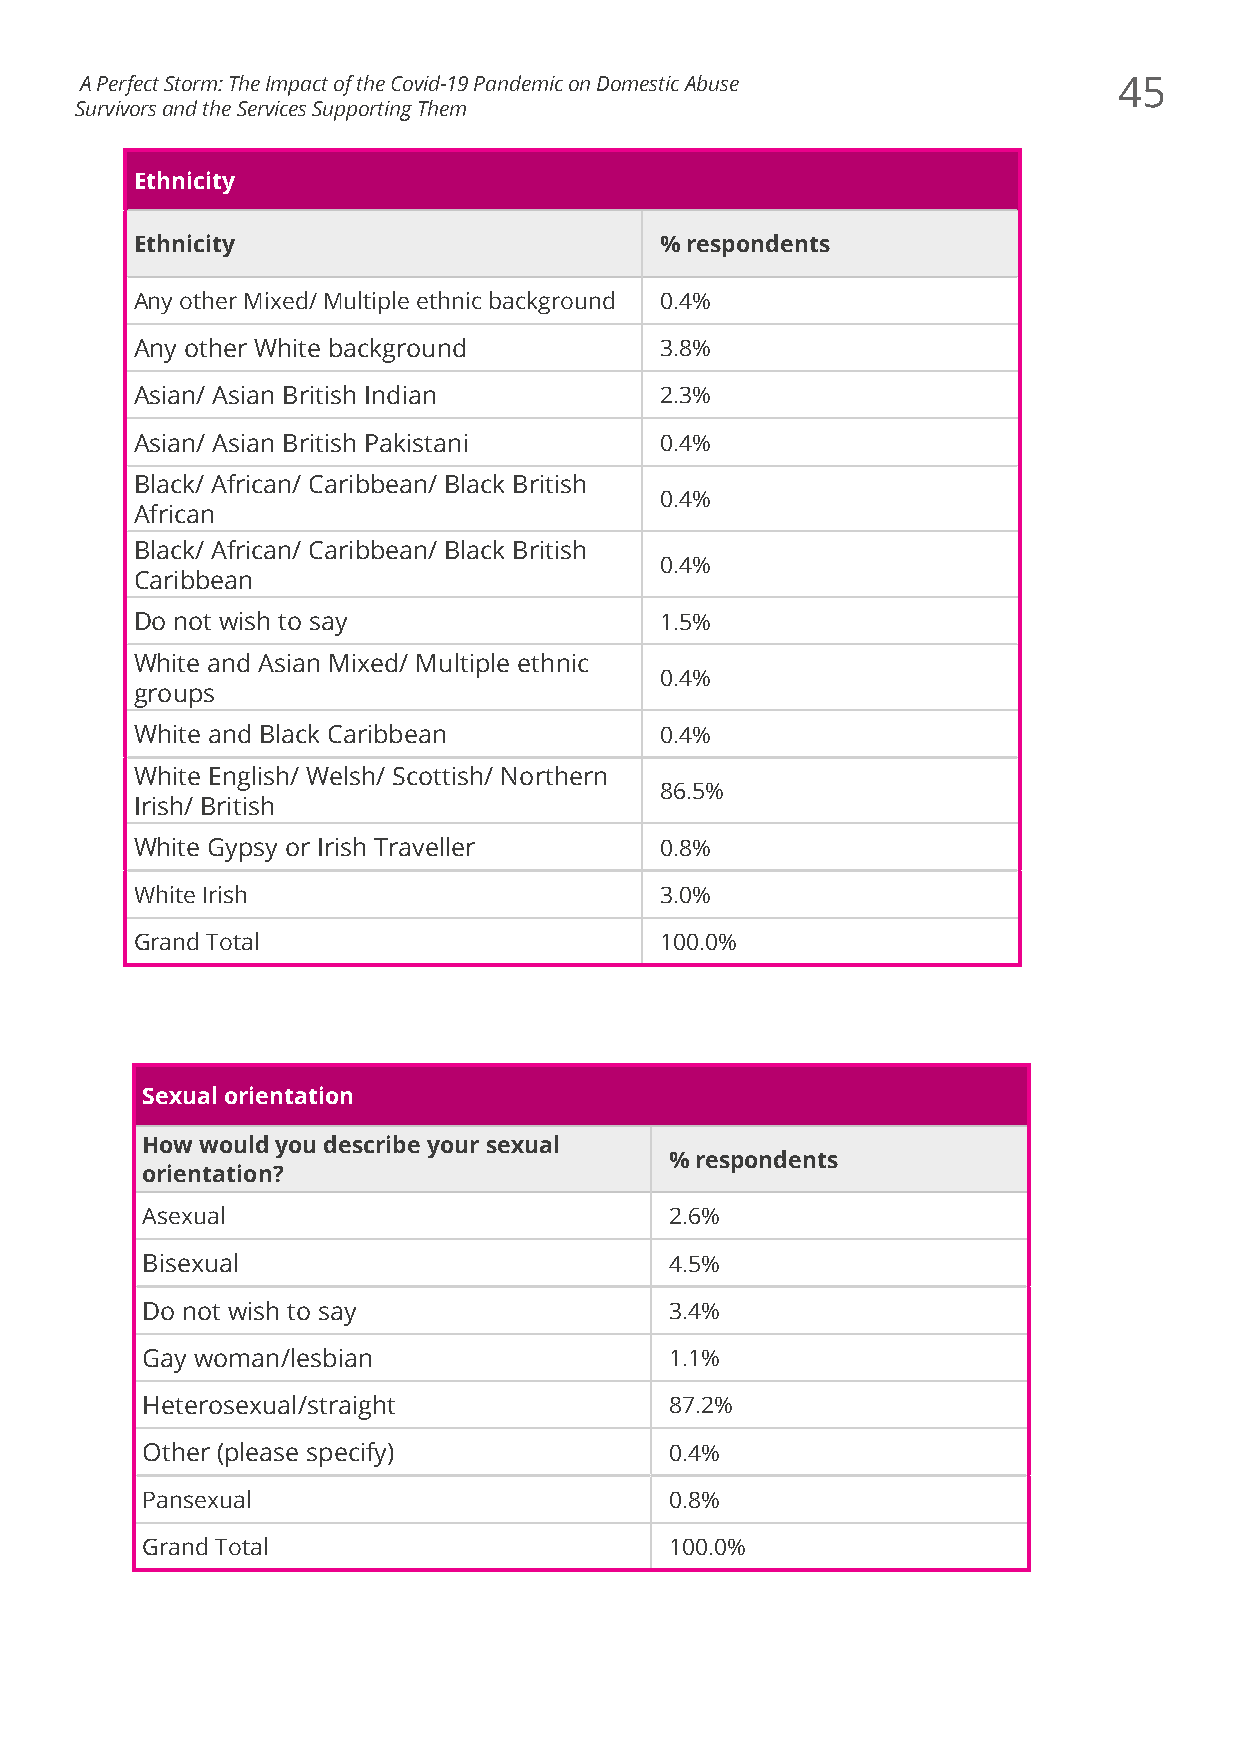
A Perfect Storm: The Impact of the Covid-19 Pandemic on Domestic Abuse 45
 Survivors and the Services Supporting Them
 Ethnicity
 Ethnicity                          % respondents
 Any other Mixed/ Multiple ethnic background 0.4%
 Any other White background         3.8%
 Asian/ Asian British Indian        2.3%
 Asian/ Asian British Pakistani     0.4%
 Black/ African/ Caribbean/ Black British
 0.4%
 African
 Black/ African/ Caribbean/ Black British
 0.4%
 Caribbean
 Do not wish to say                 1.5%
 White and Asian Mixed/ Multiple ethnic
 0.4%
 groups
 White and Black Caribbean          0.4%
 White English/ Welsh/ Scottish/ Northern
 86.5%
 Irish/ British
 White Gypsy or Irish Traveller     0.8%
 White Irish                        3.0%
 Grand Total                        100.0%
 Sexual orientation
 How would you describe your sexual
 % respondents
 orientation?
 Asexual                            2.6%
 Bisexual                           4.5%
 Do not wish to say                 3.4%
 Gay woman/lesbian                  1.1%
 Heterosexual/straight              87.2%
 Other (please specify)             0.4%
 Pansexual                          0.8%
 Grand Total                        100.0%